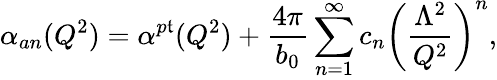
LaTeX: \alpha_{an}(Q^{2})=\alpha^{p\mathfrak{t}}(Q^{2})+\frac{{4\pi}}{{b_{0}}}\sum_{n=1}^{\infty}c_{n}\left(\frac{{\Lambda^{2}}}{{Q^{2}}}\right)^{n},